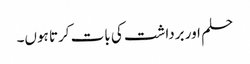
حلم اور برداشت کی بات کرتا ہوں۔